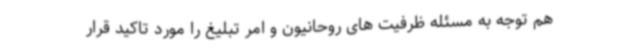
هم توجه به مسئله ظرفیت های روحانیون و امر تبلیغ را مورد تاکید قرار